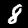
Label: 8